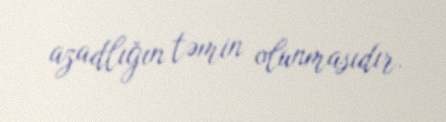
azadlığın təmin olunmasıdır.